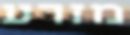
מזרע